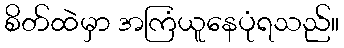
စိတ်ထဲမှာ အကြံယူနေပုံရသည်။